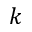
k